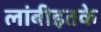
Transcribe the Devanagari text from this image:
लांबीइतके